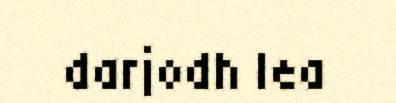
darjodh lea